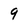
Character: 9